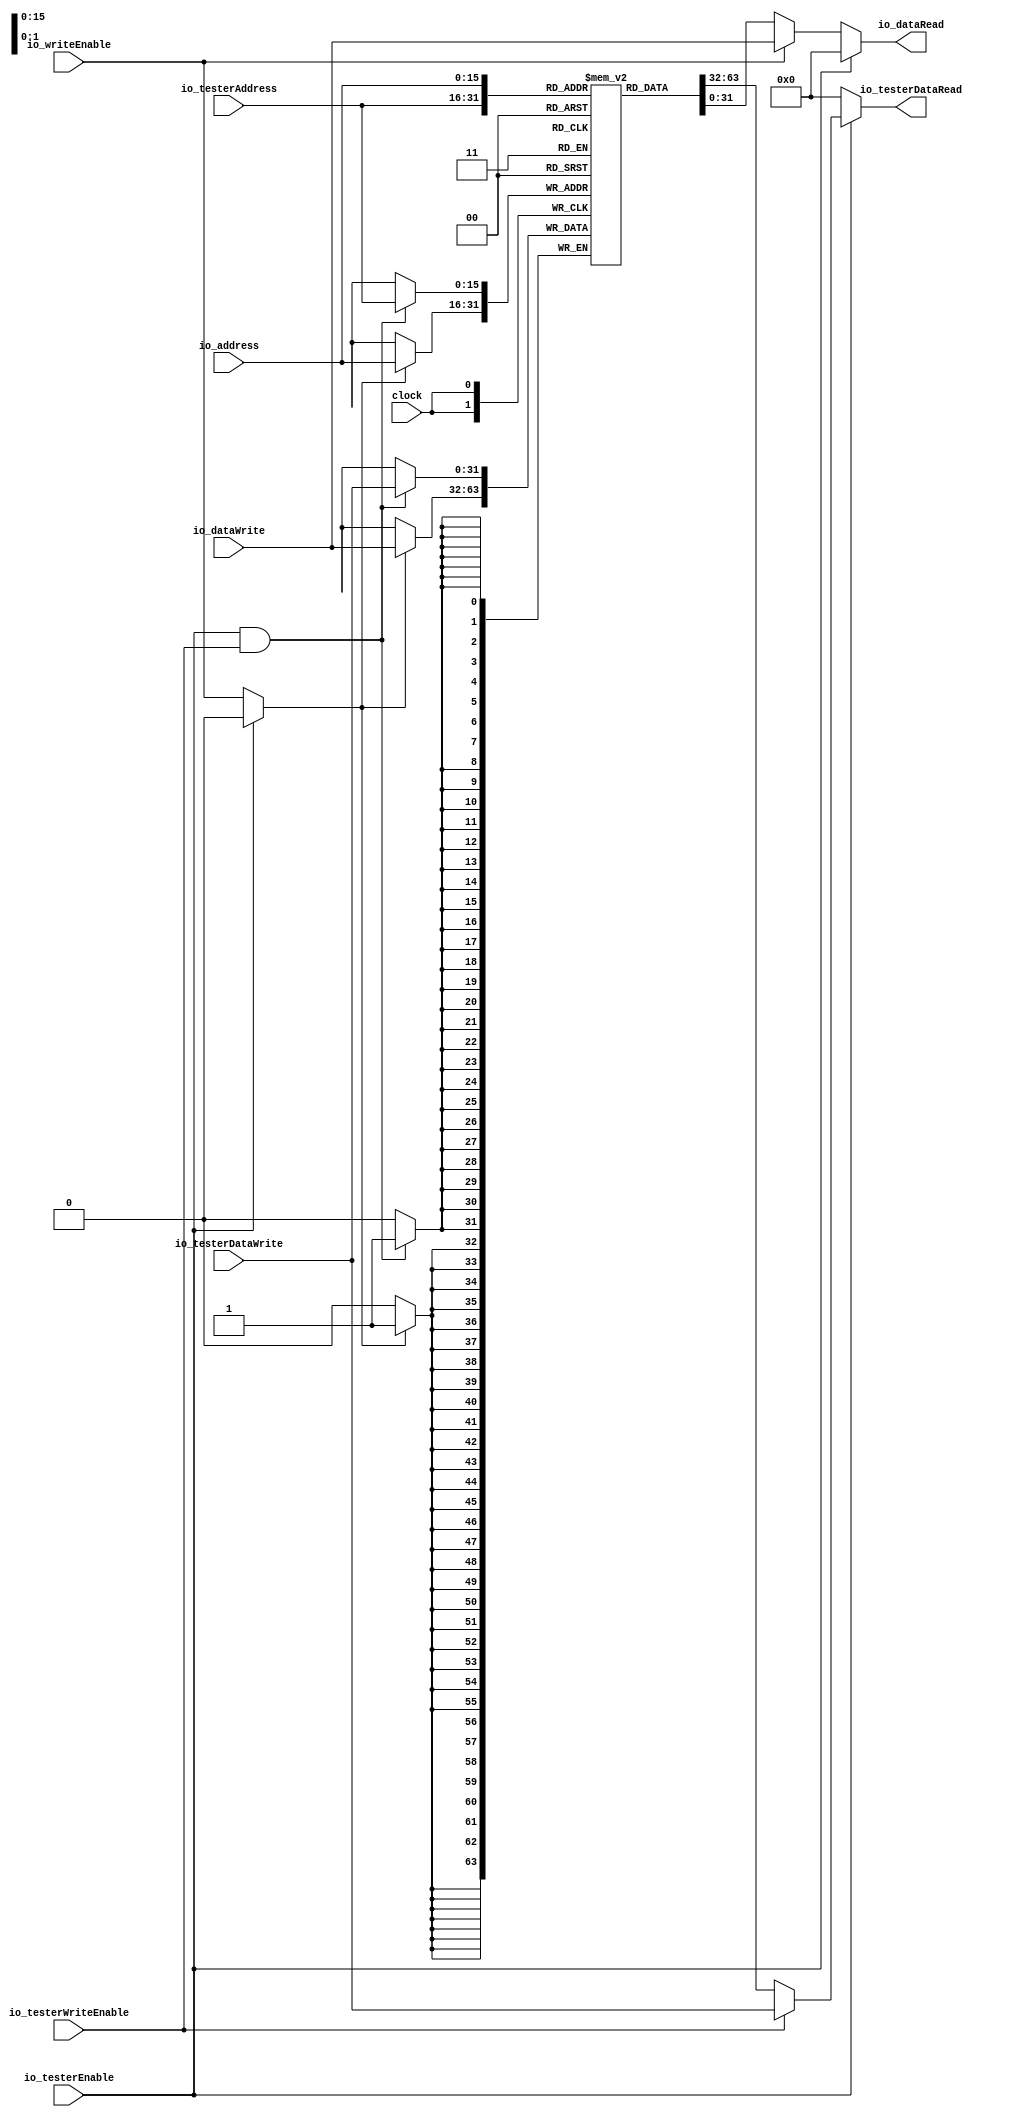
module DataMemory(
  input         clock,
  input  [15:0] io_address,
  output [31:0] io_dataRead,
  input         io_writeEnable,
  input  [31:0] io_dataWrite,
  input         io_testerEnable,
  input  [15:0] io_testerAddress,
  output [31:0] io_testerDataRead,
  input         io_testerWriteEnable,
  input  [31:0] io_testerDataWrite
);
`ifdef RANDOMIZE_MEM_INIT
  reg [31:0] _RAND_0;
`endif // RANDOMIZE_MEM_INIT
  reg [31:0] memory [0:65535]; // @[DataMemory.scala 18:20]
  wire [31:0] memory__T_data; // @[DataMemory.scala 18:20]
  wire [15:0] memory__T_addr; // @[DataMemory.scala 18:20]
  wire [31:0] memory__T_2_data; // @[DataMemory.scala 18:20]
  wire [15:0] memory__T_2_addr; // @[DataMemory.scala 18:20]
  wire [31:0] memory__T_1_data; // @[DataMemory.scala 18:20]
  wire [15:0] memory__T_1_addr; // @[DataMemory.scala 18:20]
  wire  memory__T_1_mask; // @[DataMemory.scala 18:20]
  wire  memory__T_1_en; // @[DataMemory.scala 18:20]
  wire [31:0] memory__T_3_data; // @[DataMemory.scala 18:20]
  wire [15:0] memory__T_3_addr; // @[DataMemory.scala 18:20]
  wire  memory__T_3_mask; // @[DataMemory.scala 18:20]
  wire  memory__T_3_en; // @[DataMemory.scala 18:20]
  wire [31:0] _GEN_5 = io_testerWriteEnable ? io_testerDataWrite : memory__T_data; // @[DataMemory.scala 27:32]
  wire [31:0] _GEN_11 = io_writeEnable ? io_dataWrite : memory__T_2_data; // @[DataMemory.scala 37:26]
  assign memory__T_addr = io_testerAddress;
  assign memory__T_data = memory[memory__T_addr]; // @[DataMemory.scala 18:20]
  assign memory__T_2_addr = io_address;
  assign memory__T_2_data = memory[memory__T_2_addr]; // @[DataMemory.scala 18:20]
  assign memory__T_1_data = io_testerDataWrite;
  assign memory__T_1_addr = io_testerAddress;
  assign memory__T_1_mask = 1'h1;
  assign memory__T_1_en = io_testerEnable & io_testerWriteEnable;
  assign memory__T_3_data = io_dataWrite;
  assign memory__T_3_addr = io_address;
  assign memory__T_3_mask = 1'h1;
  assign memory__T_3_en = io_testerEnable ? 1'h0 : io_writeEnable;
  assign io_dataRead = io_testerEnable ? 32'h0 : _GEN_11; // @[DataMemory.scala 26:17 DataMemory.scala 34:17 DataMemory.scala 40:19]
  assign io_testerDataRead = io_testerEnable ? _GEN_5 : 32'h0; // @[DataMemory.scala 24:23 DataMemory.scala 30:25 DataMemory.scala 36:23]
`ifdef RANDOMIZE_GARBAGE_ASSIGN
`define RANDOMIZE
`endif
`ifdef RANDOMIZE_INVALID_ASSIGN
`define RANDOMIZE
`endif
`ifdef RANDOMIZE_REG_INIT
`define RANDOMIZE
`endif
`ifdef RANDOMIZE_MEM_INIT
`define RANDOMIZE
`endif
`ifndef RANDOM
`define RANDOM $random
`endif
`ifdef RANDOMIZE_MEM_INIT
  integer initvar;
`endif
`ifndef SYNTHESIS
`ifdef FIRRTL_BEFORE_INITIAL
`FIRRTL_BEFORE_INITIAL
`endif
initial begin
  `ifdef RANDOMIZE
    `ifdef INIT_RANDOM
      `INIT_RANDOM
    `endif
    `ifndef VERILATOR
      `ifdef RANDOMIZE_DELAY
        #`RANDOMIZE_DELAY begin end
      `else
        #0.002 begin end
      `endif
    `endif
`ifdef RANDOMIZE_MEM_INIT
  _RAND_0 = {1{`RANDOM}};
  for (initvar = 0; initvar < 65536; initvar = initvar+1)
    memory[initvar] = _RAND_0[31:0];
`endif // RANDOMIZE_MEM_INIT
  `endif // RANDOMIZE
end // initial
`ifdef FIRRTL_AFTER_INITIAL
`FIRRTL_AFTER_INITIAL
`endif
`endif // SYNTHESIS
  always @(posedge clock) begin
    if(memory__T_1_en & memory__T_1_mask) begin
      memory[memory__T_1_addr] <= memory__T_1_data; // @[DataMemory.scala 18:20]
    end
    if(memory__T_3_en & memory__T_3_mask) begin
      memory[memory__T_3_addr] <= memory__T_3_data; // @[DataMemory.scala 18:20]
    end
  end
endmodule
module Accelerator(
  input         clock,
  input         reset,
  input         io_start,
  output        io_done,
  output [15:0] io_address,
  input  [31:0] io_dataRead,
  output        io_writeEnable,
  output [31:0] io_dataWrite
);
`ifdef RANDOMIZE_REG_INIT
  reg [31:0] _RAND_0;
  reg [31:0] _RAND_1;
  reg [31:0] _RAND_2;
  reg [31:0] _RAND_3;
  reg [31:0] _RAND_4;
`endif // RANDOMIZE_REG_INIT
  reg [3:0] stateReg; // @[Accelerator.scala 21:25]
  reg [15:0] addressReg; // @[Accelerator.scala 24:27]
  reg [31:0] dataReg; // @[Accelerator.scala 25:24]
  reg [15:0] x; // @[Accelerator.scala 34:18]
  reg [15:0] y; // @[Accelerator.scala 35:18]
  wire  _T = 4'h0 == stateReg; // @[Conditional.scala 37:30]
  wire  _T_1 = 4'h1 == stateReg; // @[Conditional.scala 37:30]
  wire  _T_2 = x < 16'h14; // @[Accelerator.scala 49:13]
  wire  _GEN_4 = _T_2 ? 1'h0 : 1'h1; // @[Accelerator.scala 49:25]
  wire  _T_3 = 4'h2 == stateReg; // @[Conditional.scala 37:30]
  wire  _T_4 = y < 16'h14; // @[Accelerator.scala 56:15]
  wire [15:0] _T_6 = x + 16'h1; // @[Accelerator.scala 59:16]
  wire  _T_7 = 4'h3 == stateReg; // @[Conditional.scala 37:30]
  wire [31:0] _T_8 = 16'h14 * y; // @[Accelerator.scala 65:36]
  wire [31:0] _GEN_75 = {{16'd0}, x}; // @[Accelerator.scala 65:23]
  wire [31:0] _T_10 = _GEN_75 + _T_8; // @[Accelerator.scala 65:23]
  wire  _T_11 = io_dataRead == 32'h0; // @[Accelerator.scala 66:25]
  wire  _T_12 = x == 16'h0; // @[Accelerator.scala 66:42]
  wire  _T_13 = _T_11 | _T_12; // @[Accelerator.scala 66:38]
  wire  _T_14 = x == 16'h13; // @[Accelerator.scala 66:61]
  wire  _T_15 = _T_13 | _T_14; // @[Accelerator.scala 66:56]
  wire  _T_16 = y == 16'h0; // @[Accelerator.scala 66:80]
  wire  _T_17 = _T_15 | _T_16; // @[Accelerator.scala 66:76]
  wire  _T_18 = y == 16'h13; // @[Accelerator.scala 66:99]
  wire  _T_19 = _T_17 | _T_18; // @[Accelerator.scala 66:94]
  wire  _T_20 = 4'h4 == stateReg; // @[Conditional.scala 37:30]
  wire [15:0] _T_22 = y + 16'h1; // @[Accelerator.scala 73:41]
  wire [31:0] _T_23 = 16'h14 * _T_22; // @[Accelerator.scala 73:36]
  wire [31:0] _T_25 = _GEN_75 + _T_23; // @[Accelerator.scala 73:23]
  wire  _T_27 = 4'h5 == stateReg; // @[Conditional.scala 37:30]
  wire [31:0] _GEN_77 = {{16'd0}, _T_6}; // @[Accelerator.scala 81:35]
  wire [31:0] _T_32 = _GEN_77 + _T_8; // @[Accelerator.scala 81:35]
  wire  _T_34 = 4'h6 == stateReg; // @[Conditional.scala 37:30]
  wire [15:0] _T_36 = x - 16'h1; // @[Accelerator.scala 89:24]
  wire [31:0] _GEN_78 = {{16'd0}, _T_36}; // @[Accelerator.scala 89:37]
  wire [31:0] _T_39 = _GEN_78 + _T_8; // @[Accelerator.scala 89:37]
  wire  _T_41 = 4'h7 == stateReg; // @[Conditional.scala 37:30]
  wire [15:0] _T_43 = y - 16'h1; // @[Accelerator.scala 97:41]
  wire [31:0] _T_44 = 16'h14 * _T_43; // @[Accelerator.scala 97:36]
  wire [31:0] _T_46 = _GEN_75 + _T_44; // @[Accelerator.scala 97:23]
  wire  _T_48 = 4'h9 == stateReg; // @[Conditional.scala 37:30]
  wire [31:0] _T_53 = _T_10 + 32'h190; // @[Accelerator.scala 106:36]
  wire  _T_56 = 4'h8 == stateReg; // @[Conditional.scala 37:30]
  wire [31:0] _GEN_13 = _T_56 ? _T_53 : {{16'd0}, addressReg}; // @[Conditional.scala 39:67]
  wire  _GEN_17 = _T_48 | _T_56; // @[Conditional.scala 39:67]
  wire [31:0] _GEN_18 = _T_48 ? _T_53 : _GEN_13; // @[Conditional.scala 39:67]
  wire [31:0] _GEN_22 = _T_41 ? _T_46 : {{16'd0}, addressReg}; // @[Conditional.scala 39:67]
  wire  _GEN_24 = _T_41 ? 1'h0 : _GEN_17; // @[Conditional.scala 39:67]
  wire [31:0] _GEN_25 = _T_41 ? {{16'd0}, addressReg} : _GEN_18; // @[Conditional.scala 39:67]
  wire [31:0] _GEN_28 = _T_34 ? _T_39 : _GEN_22; // @[Conditional.scala 39:67]
  wire  _GEN_30 = _T_34 ? 1'h0 : _GEN_24; // @[Conditional.scala 39:67]
  wire [31:0] _GEN_31 = _T_34 ? {{16'd0}, addressReg} : _GEN_25; // @[Conditional.scala 39:67]
  wire [31:0] _GEN_34 = _T_27 ? _T_32 : _GEN_28; // @[Conditional.scala 39:67]
  wire  _GEN_36 = _T_27 ? 1'h0 : _GEN_30; // @[Conditional.scala 39:67]
  wire [31:0] _GEN_37 = _T_27 ? {{16'd0}, addressReg} : _GEN_31; // @[Conditional.scala 39:67]
  wire [31:0] _GEN_40 = _T_20 ? _T_25 : _GEN_34; // @[Conditional.scala 39:67]
  wire  _GEN_42 = _T_20 ? 1'h0 : _GEN_36; // @[Conditional.scala 39:67]
  wire [31:0] _GEN_43 = _T_20 ? {{16'd0}, addressReg} : _GEN_37; // @[Conditional.scala 39:67]
  wire [31:0] _GEN_46 = _T_7 ? _T_10 : _GEN_40; // @[Conditional.scala 39:67]
  wire  _GEN_48 = _T_7 ? 1'h0 : _GEN_42; // @[Conditional.scala 39:67]
  wire [31:0] _GEN_49 = _T_7 ? {{16'd0}, addressReg} : _GEN_43; // @[Conditional.scala 39:67]
  wire [31:0] _GEN_54 = _T_3 ? {{16'd0}, addressReg} : _GEN_46; // @[Conditional.scala 39:67]
  wire  _GEN_55 = _T_3 ? 1'h0 : _GEN_48; // @[Conditional.scala 39:67]
  wire [31:0] _GEN_56 = _T_3 ? {{16'd0}, addressReg} : _GEN_49; // @[Conditional.scala 39:67]
  wire  _GEN_61 = _T_1 & _GEN_4; // @[Conditional.scala 39:67]
  wire [31:0] _GEN_63 = _T_1 ? {{16'd0}, addressReg} : _GEN_54; // @[Conditional.scala 39:67]
  wire  _GEN_64 = _T_1 ? 1'h0 : _GEN_55; // @[Conditional.scala 39:67]
  wire [31:0] _GEN_65 = _T_1 ? {{16'd0}, addressReg} : _GEN_56; // @[Conditional.scala 39:67]
  wire [31:0] _GEN_71 = _T ? {{16'd0}, addressReg} : _GEN_63; // @[Conditional.scala 40:58]
  wire [31:0] _GEN_73 = _T ? {{16'd0}, addressReg} : _GEN_65; // @[Conditional.scala 40:58]
  assign io_done = _T ? 1'h0 : _GEN_61; // @[Accelerator.scala 32:11 Accelerator.scala 52:17]
  assign io_address = _GEN_73[15:0]; // @[Accelerator.scala 29:14 Accelerator.scala 30:14 Accelerator.scala 106:17 Accelerator.scala 113:18]
  assign io_writeEnable = _T ? 1'h0 : _GEN_64; // @[Accelerator.scala 28:18 Accelerator.scala 105:22 Accelerator.scala 112:22]
  assign io_dataWrite = dataReg; // @[Accelerator.scala 31:16]
`ifdef RANDOMIZE_GARBAGE_ASSIGN
`define RANDOMIZE
`endif
`ifdef RANDOMIZE_INVALID_ASSIGN
`define RANDOMIZE
`endif
`ifdef RANDOMIZE_REG_INIT
`define RANDOMIZE
`endif
`ifdef RANDOMIZE_MEM_INIT
`define RANDOMIZE
`endif
`ifndef RANDOM
`define RANDOM $random
`endif
`ifdef RANDOMIZE_MEM_INIT
  integer initvar;
`endif
`ifndef SYNTHESIS
`ifdef FIRRTL_BEFORE_INITIAL
`FIRRTL_BEFORE_INITIAL
`endif
initial begin
  `ifdef RANDOMIZE
    `ifdef INIT_RANDOM
      `INIT_RANDOM
    `endif
    `ifndef VERILATOR
      `ifdef RANDOMIZE_DELAY
        #`RANDOMIZE_DELAY begin end
      `else
        #0.002 begin end
      `endif
    `endif
`ifdef RANDOMIZE_REG_INIT
  _RAND_0 = {1{`RANDOM}};
  stateReg = _RAND_0[3:0];
  _RAND_1 = {1{`RANDOM}};
  addressReg = _RAND_1[15:0];
  _RAND_2 = {1{`RANDOM}};
  dataReg = _RAND_2[31:0];
  _RAND_3 = {1{`RANDOM}};
  x = _RAND_3[15:0];
  _RAND_4 = {1{`RANDOM}};
  y = _RAND_4[15:0];
`endif // RANDOMIZE_REG_INIT
  `endif // RANDOMIZE
end // initial
`ifdef FIRRTL_AFTER_INITIAL
`FIRRTL_AFTER_INITIAL
`endif
`endif // SYNTHESIS
  always @(posedge clock) begin
    if (reset) begin
      stateReg <= 4'h0;
    end else if (_T) begin
      if (io_start) begin
        stateReg <= 4'h1;
      end
    end else if (_T_1) begin
      if (_T_2) begin
        stateReg <= 4'h2;
      end
    end else if (_T_3) begin
      if (_T_4) begin
        stateReg <= 4'h3;
      end else begin
        stateReg <= 4'h1;
      end
    end else if (_T_7) begin
      if (_T_19) begin
        stateReg <= 4'h9;
      end else begin
        stateReg <= 4'h4;
      end
    end else if (_T_20) begin
      if (_T_11) begin
        stateReg <= 4'h9;
      end else begin
        stateReg <= 4'h5;
      end
    end else if (_T_27) begin
      if (_T_11) begin
        stateReg <= 4'h9;
      end else begin
        stateReg <= 4'h6;
      end
    end else if (_T_34) begin
      if (_T_11) begin
        stateReg <= 4'h9;
      end else begin
        stateReg <= 4'h7;
      end
    end else if (_T_41) begin
      if (_T_11) begin
        stateReg <= 4'h9;
      end else begin
        stateReg <= 4'h8;
      end
    end else if (_T_48) begin
      stateReg <= 4'h2;
    end else if (_T_56) begin
      stateReg <= 4'h2;
    end
    if (reset) begin
      addressReg <= 16'h0;
    end else begin
      addressReg <= _GEN_71[15:0];
    end
    if (reset) begin
      dataReg <= 32'h0;
    end else if (!(_T)) begin
      if (!(_T_1)) begin
        if (!(_T_3)) begin
          if (!(_T_7)) begin
            if (!(_T_20)) begin
              if (!(_T_27)) begin
                if (!(_T_34)) begin
                  if (!(_T_41)) begin
                    if (_T_48) begin
                      dataReg <= 32'h0;
                    end else if (_T_56) begin
                      dataReg <= 32'hff;
                    end
                  end
                end
              end
            end
          end
        end
      end
    end
    if (reset) begin
      x <= 16'h0;
    end else if (_T) begin
      if (io_start) begin
        x <= 16'h0;
      end
    end else if (!(_T_1)) begin
      if (_T_3) begin
        if (!(_T_4)) begin
          x <= _T_6;
        end
      end
    end
    if (reset) begin
      y <= 16'h0;
    end else if (_T) begin
      if (io_start) begin
        y <= 16'h0;
      end
    end else if (_T_1) begin
      y <= 16'h0;
    end else if (!(_T_3)) begin
      if (!(_T_7)) begin
        if (!(_T_20)) begin
          if (!(_T_27)) begin
            if (!(_T_34)) begin
              if (!(_T_41)) begin
                if (_T_48) begin
                  y <= _T_22;
                end else if (_T_56) begin
                  y <= _T_22;
                end
              end
            end
          end
        end
      end
    end
  end
endmodule
module SystemTop(
  input         clock,
  input         reset,
  output        io_done,
  input         io_start,
  input         io_testerDataMemEnable,
  input  [15:0] io_testerDataMemAddress,
  output [31:0] io_testerDataMemDataRead,
  input         io_testerDataMemWriteEnable,
  input  [31:0] io_testerDataMemDataWrite
);
  wire  dataMemory_clock; // @[SystemTop.scala 18:26]
  wire [15:0] dataMemory_io_address; // @[SystemTop.scala 18:26]
  wire [31:0] dataMemory_io_dataRead; // @[SystemTop.scala 18:26]
  wire  dataMemory_io_writeEnable; // @[SystemTop.scala 18:26]
  wire [31:0] dataMemory_io_dataWrite; // @[SystemTop.scala 18:26]
  wire  dataMemory_io_testerEnable; // @[SystemTop.scala 18:26]
  wire [15:0] dataMemory_io_testerAddress; // @[SystemTop.scala 18:26]
  wire [31:0] dataMemory_io_testerDataRead; // @[SystemTop.scala 18:26]
  wire  dataMemory_io_testerWriteEnable; // @[SystemTop.scala 18:26]
  wire [31:0] dataMemory_io_testerDataWrite; // @[SystemTop.scala 18:26]
  wire  accelerator_clock; // @[SystemTop.scala 19:27]
  wire  accelerator_reset; // @[SystemTop.scala 19:27]
  wire  accelerator_io_start; // @[SystemTop.scala 19:27]
  wire  accelerator_io_done; // @[SystemTop.scala 19:27]
  wire [15:0] accelerator_io_address; // @[SystemTop.scala 19:27]
  wire [31:0] accelerator_io_dataRead; // @[SystemTop.scala 19:27]
  wire  accelerator_io_writeEnable; // @[SystemTop.scala 19:27]
  wire [31:0] accelerator_io_dataWrite; // @[SystemTop.scala 19:27]
  DataMemory dataMemory ( // @[SystemTop.scala 18:26]
    .clock(dataMemory_clock),
    .io_address(dataMemory_io_address),
    .io_dataRead(dataMemory_io_dataRead),
    .io_writeEnable(dataMemory_io_writeEnable),
    .io_dataWrite(dataMemory_io_dataWrite),
    .io_testerEnable(dataMemory_io_testerEnable),
    .io_testerAddress(dataMemory_io_testerAddress),
    .io_testerDataRead(dataMemory_io_testerDataRead),
    .io_testerWriteEnable(dataMemory_io_testerWriteEnable),
    .io_testerDataWrite(dataMemory_io_testerDataWrite)
  );
  Accelerator accelerator ( // @[SystemTop.scala 19:27]
    .clock(accelerator_clock),
    .reset(accelerator_reset),
    .io_start(accelerator_io_start),
    .io_done(accelerator_io_done),
    .io_address(accelerator_io_address),
    .io_dataRead(accelerator_io_dataRead),
    .io_writeEnable(accelerator_io_writeEnable),
    .io_dataWrite(accelerator_io_dataWrite)
  );
  assign io_done = accelerator_io_done; // @[SystemTop.scala 23:11]
  assign io_testerDataMemDataRead = dataMemory_io_testerDataRead; // @[SystemTop.scala 34:28]
  assign dataMemory_clock = clock;
  assign dataMemory_io_address = accelerator_io_address; // @[SystemTop.scala 28:25]
  assign dataMemory_io_writeEnable = accelerator_io_writeEnable; // @[SystemTop.scala 30:29]
  assign dataMemory_io_dataWrite = accelerator_io_dataWrite; // @[SystemTop.scala 29:27]
  assign dataMemory_io_testerEnable = io_testerDataMemEnable; // @[SystemTop.scala 36:30]
  assign dataMemory_io_testerAddress = io_testerDataMemAddress; // @[SystemTop.scala 33:31]
  assign dataMemory_io_testerWriteEnable = io_testerDataMemWriteEnable; // @[SystemTop.scala 37:35]
  assign dataMemory_io_testerDataWrite = io_testerDataMemDataWrite; // @[SystemTop.scala 35:33]
  assign accelerator_clock = clock;
  assign accelerator_reset = reset;
  assign accelerator_io_start = io_start; // @[SystemTop.scala 24:24]
  assign accelerator_io_dataRead = dataMemory_io_dataRead; // @[SystemTop.scala 27:27]
endmodule